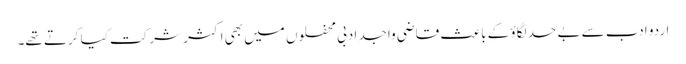
اردو ادب سے بے حد لگاؤ کے باعث قاضی واجد ادبی محفلوں میں بھی اکثر شرکت کیا کرتے تھے۔